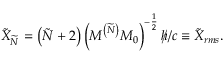
\tilde { X } _ { \widetilde { N } } = \left( \tilde { N } + 2 \right) \left( M ^ { \left( \widetilde { N } \right) } M _ { 0 } \right) ^ { - \frac { 1 } { 2 } } \mathbf { \rlap / } h / c \equiv \tilde { X } _ { r m s } .